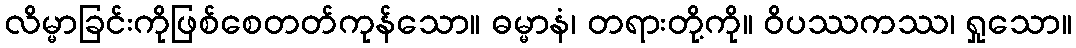
လိမ္မာခြင်းကိုဖြစ်စေတတ်ကုန်သော။ ဓမ္မာနံ၊ တရားတို့ကို။ ဝိပဿကဿ၊ ရှုသော။